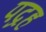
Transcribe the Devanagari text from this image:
पद्रह